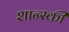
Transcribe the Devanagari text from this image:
शान्स्की